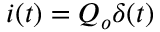
i ( t ) = Q _ { o } \delta ( t )